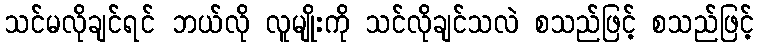
သင်မလိုချင်ရင် ဘယ်လို လူမျိုးကို သင်လိုချင်သလဲ စသည်ဖြင့် စသည်ဖြင့်